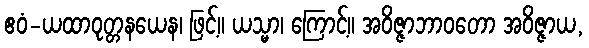
ဧဝံ-ယထာဝုတ္တနယေန၊ ဖြင့်။ ယသ္မာ၊ ကြောင့်။ အဝိဇ္ဇာဘာဝတော အဝိဇ္ဇာယ,